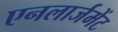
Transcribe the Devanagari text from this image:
एनलार्जमेंट